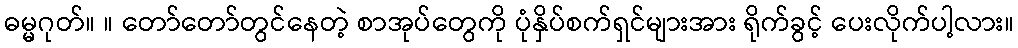
ဓမ္မဂုတ်။ ။ တော်တော်တွင်နေတဲ့ စာအုပ်တွေကို ပုံနှိပ်စက်ရှင်များအား ရိုက်ခွင့် ပေးလိုက်ပါ့လား။